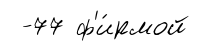
-77 ф'и́рмой